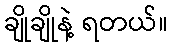
ချိုချိုနဲ့ ရတယ်။